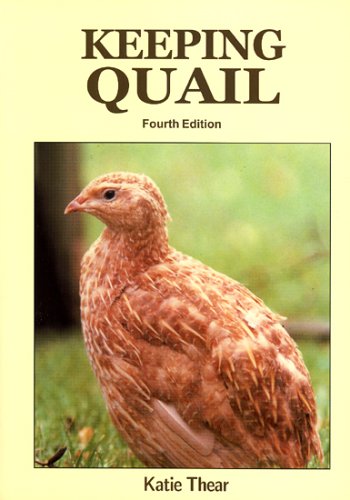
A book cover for Keeping Quail: A Guide to Domestic and Commercial Management; Katie Thear; Crafts, Hobbies & Home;